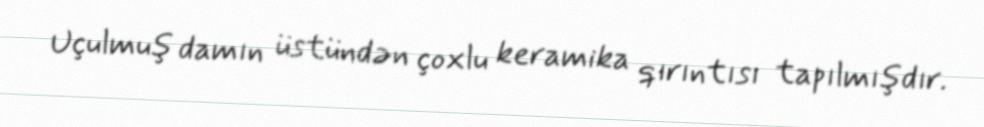
Uçulmuş damın üstündən çoxlu keramika qırıntısı tapılmışdır.